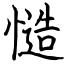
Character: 慥